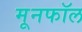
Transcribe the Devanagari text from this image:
मूनफॉल